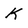
Character: K